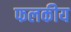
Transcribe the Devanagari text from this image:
फलकीय